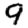
Digit: 9